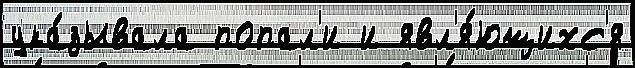
ука́зывала попал'и и явл'я́ющихс'я